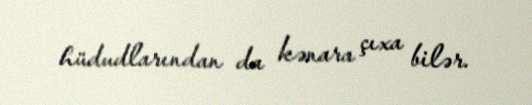
hüdudlarından da kənara çıxa bilər.